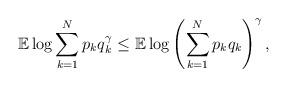
LaTeX: \begin{align*} \mathbb{E} \log \sum_{k=1}^N p_k q_k ^ \gamma \leq \mathbb{E} \log \left( \sum_{k=1}^N p_k q_k \right)^ \gamma ,\end{align*}